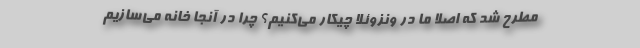
مطرح شد که اصلا ما در ونزوئلا چیکار می‌کنیم؟ چرا در آنجا خانه می‌سازیم